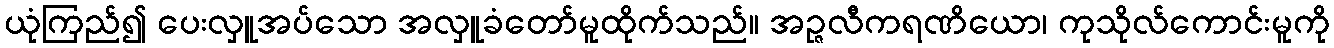
ယုံကြည်၍ ပေးလှူအပ်သော အလှူခံတော်မူထိုက်သည်။ အဉ္ဇလီကရဏိယော၊ ကုသိုလ်ကောင်းမူကို